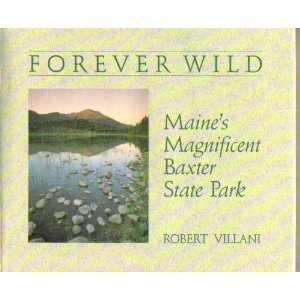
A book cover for Forever Wild: Maine's Magnificent Baxter State Park; Robert Villani; Travel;